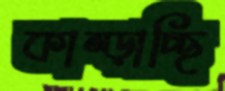
কাম্‌ড়াচ্ছি